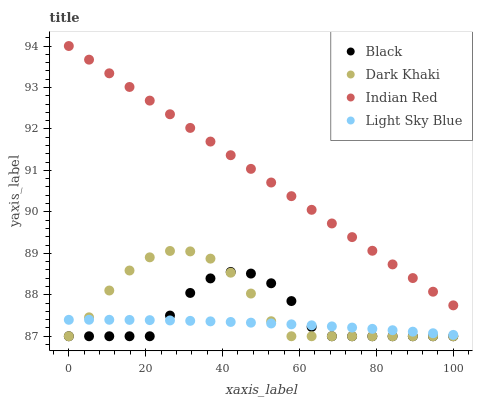
| xaxis_label | Black | Dark Khaki | Indian Red | Light Sky Blue |
 | --- | --- | --- | --- | --- |
 | 0 | 87 | 87 | 94 | 87.4 |
 | 5.26 | 87 | 87.5 | 93.7 | 87.4 |
 | 10.5 | 87 | 88.1 | 93.3 | 87.4 |
 | 15.8 | 87 | 88.6 | 93 | 87.4 |
 | 21.1 | 87 | 88.9 | 92.7 | 87.4 |
 | 26.3 | 87.5 | 89.1 | 92.4 | 87.4 |
 | 31.6 | 88 | 89 | 92 | 87.4 |
 | 36.8 | 88.4 | 88.9 | 91.7 | 87.4 |
 | 42.1 | 88.6 | 88.5 | 91.4 | 87.3 |
 | 47.4 | 88.5 | 88 | 91 | 87.3 |
 | 52.6 | 88.3 | 87.4 | 90.7 | 87.3 |
 | 57.9 | 87.8 | 87 | 90.4 | 87.3 |
 | 63.2 | 87.2 | 87 | 90 | 87.3 |
 | 68.4 | 87 | 87 | 89.7 | 87.2 |
 | 73.7 | 87 | 87 | 89.4 | 87.2 |
 | 78.9 | 87 | 87 | 89.1 | 87.2 |
 | 84.2 | 87 | 87 | 88.7 | 87.1 |
 | 89.5 | 87 | 87 | 88.4 | 87.1 |
 | 94.7 | 87 | 87 | 88.1 | 87.1 |
 | 100 | 87 | 87 | 87.7 | 87 |